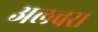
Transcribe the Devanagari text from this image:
अलवर।